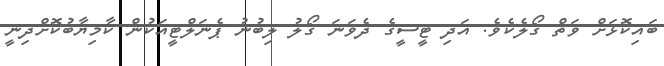
ބައިކޮޅަށް ވަތް ގޯލެކެވެ. އަދި ޓީސީގެ ދެވަނަ ގޯލު ލިބުނު ޕެނަލްޓީއަކުން ކާމިޔާބުކޮށްދިނީ